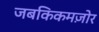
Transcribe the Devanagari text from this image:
जबकिकमज़ोर